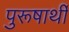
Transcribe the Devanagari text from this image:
पुरूषार्थी